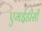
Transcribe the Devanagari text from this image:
एमईडीसी